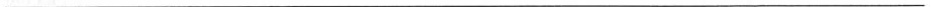
___